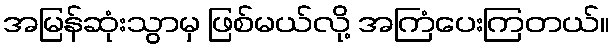
အမြန်ဆုံးသွာမှ ဖြစ်မယ်လို့ အကြံပေးကြတယ်။